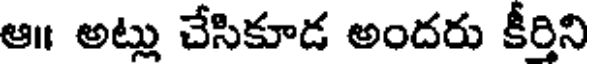
ఆ॥ అట్లు చేసికూడ అందరు కీర్తిని